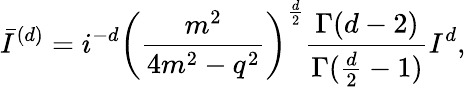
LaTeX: \bar{I}^{(d)}=i^{-d}\left(\frac{m^{2}}{4m^{2}-q^{2}}\right)^{\frac{d}{2}}\frac{\Gamma(d-2)}{\Gamma(\frac{d}{2}-1)}I^{d},